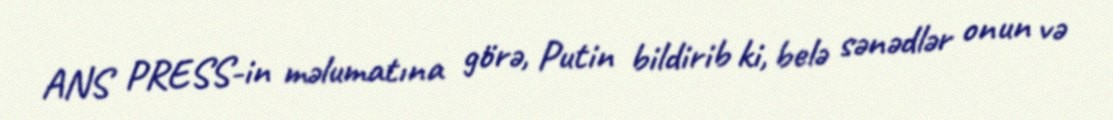
ANS PRESS-in məlumatına görə, Putin bildirib ki, belə sənədlər onun və